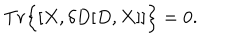
T r \Big \{ [ X , \delta D [ D , X ] ] \Big \} = 0 .